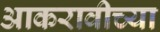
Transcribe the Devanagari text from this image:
आकरावीच्या